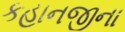
કહાનજીના